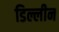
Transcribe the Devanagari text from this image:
डिल्लीन